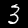
Digit: 3